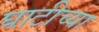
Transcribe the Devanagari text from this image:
घाटीच्या